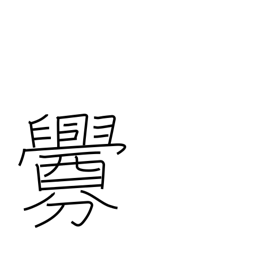
Meaning: smear with blood